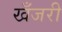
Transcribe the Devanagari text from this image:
खँजरी